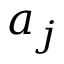
a _ { j }